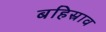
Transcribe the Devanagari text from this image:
बहिस्राव